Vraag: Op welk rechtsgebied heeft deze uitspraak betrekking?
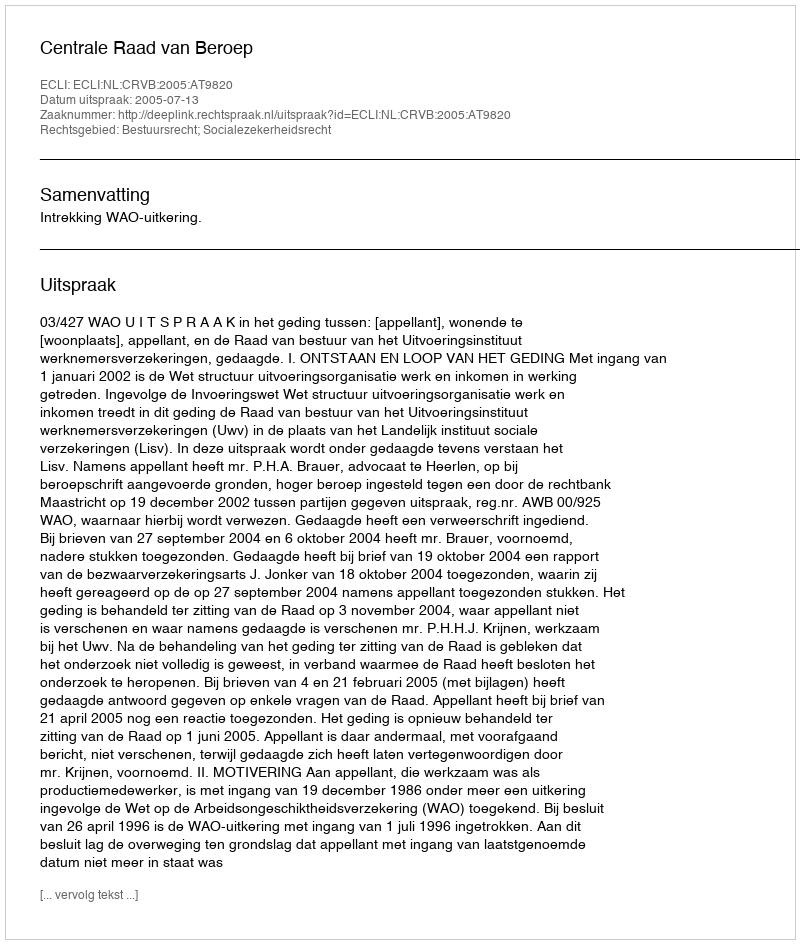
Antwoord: Bestuursrecht; Socialezekerheidsrecht